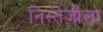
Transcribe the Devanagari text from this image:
निस्तेजीला